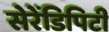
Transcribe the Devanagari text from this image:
सेरेंडिपिटी